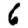
Digit: 6